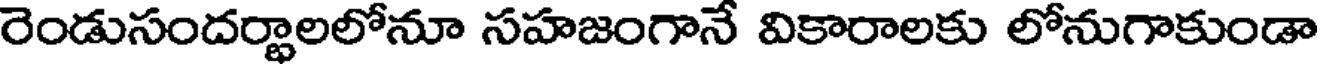
రెండుసందర్థాలలోనూ సహజంగానే వికారాలకు లోనుగాకుండా